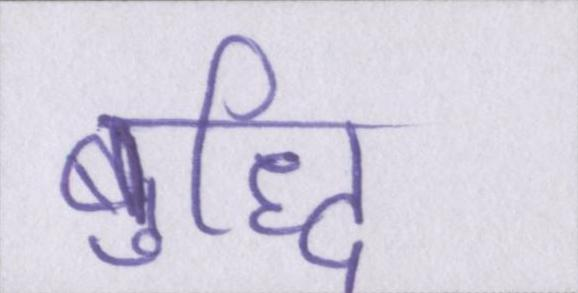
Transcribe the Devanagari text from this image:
बुद्धि